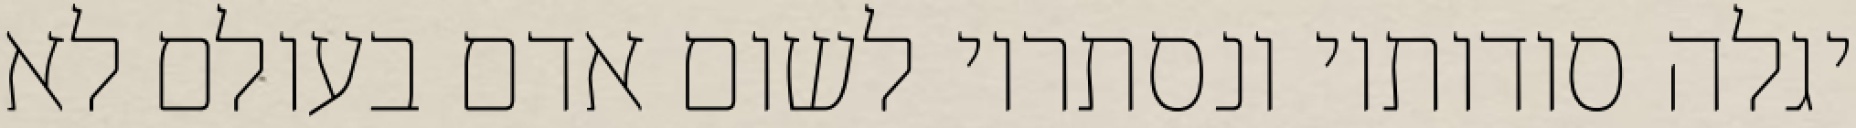
יגלה סודותיו ונסתריו לשום אדם בעולם לא